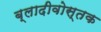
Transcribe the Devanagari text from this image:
ब्लादीवोस्तक